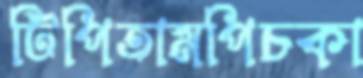
টিপিতামপিচকা